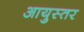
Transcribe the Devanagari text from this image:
आयुस्तर